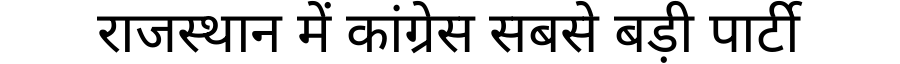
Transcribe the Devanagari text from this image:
राजस्थान में कांग्रेस सबसे बड़ी पार्टी